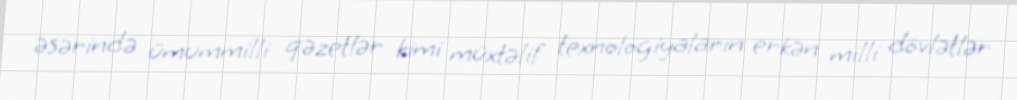
əsərində ümummilli qəzetlər kimi müxtəlif texnologiyaların erkən milli dövlətlər